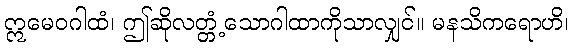
ဣမေဝဂါထံ၊ ဤဆိုလတ္တံ့သောဂါထာကိုသာလျှင်။ မနသိကရောဟိ၊